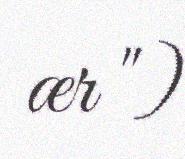
ær ")